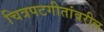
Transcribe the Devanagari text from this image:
चित्रपटगीतांवरील